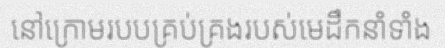
នៅក្រោមរបបគ្រប់គ្រងរបស់មេដឹកនាំទាំង